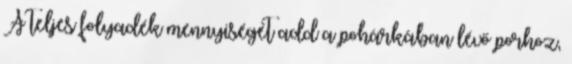
A teljes folyadék mennyiségét add a pohárkában lévő porhoz,